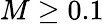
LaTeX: M\ge 0.1